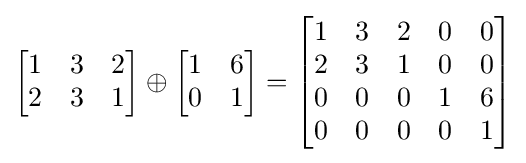
{\begin{bmatrix}1&3&2\\2&3&1\end{bmatrix}}\oplus {\begin{bmatrix}1&6\\0&1\end{bmatrix}}={\begin{bmatrix}1&3&2&0&0\\2&3&1&0&0\\0&0&0&1&6\\0&0&0&0&1\end{bmatrix}}